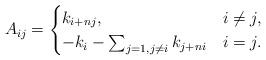
LaTeX: \begin{gather*}A_{i j} =\begin{cases}k_{i + n j}, & i\ne j,\\-k_i -\sum_{j=1,j\ne i} k_{j + n i}& i=j.\end{cases}\end{gather*}